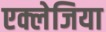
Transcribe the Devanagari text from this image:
एक्लेजिया